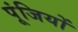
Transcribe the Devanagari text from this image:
पूंजियों